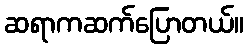
ဆရာကဆက်ပြောတယ်။